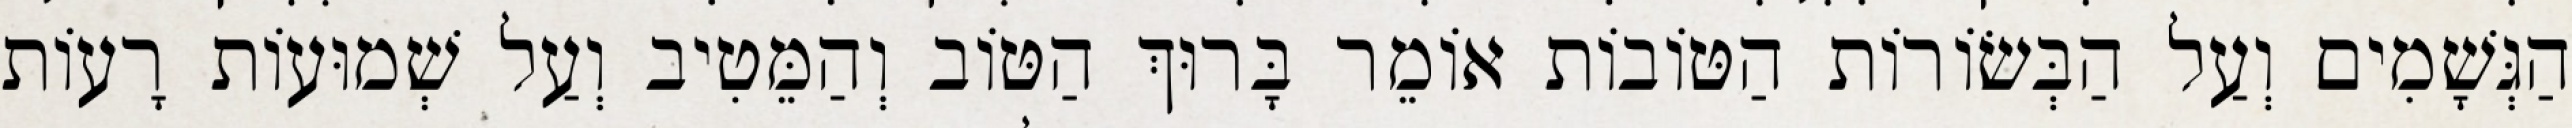
הַגְּשָׁמִים וְעַל הַבְּשׂוֹרוֹת הַטּוֹבוֹת אוֹמֵר בָּרוּךְ הַטּוֹב וְהַמֵּטִיב וְעַל שְׁמוּעוֹת רָעוֹת